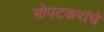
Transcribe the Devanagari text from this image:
भोपटकरांचे